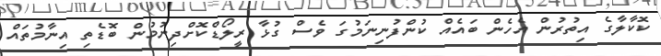
ކޮކާލާގެ އިތުރުން އެހެން ބައެއް ކުންފުނިނަމުގަ ވެސް ގުޅާ ރީލޯޑްކޮށްދިނުމުން ބޮޑެތި އިނާމުތައް